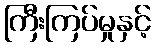
ကြီးကြပ်မှုနှင့်